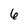
Character: 6